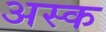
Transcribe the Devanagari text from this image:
अस्क